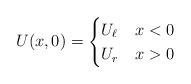
LaTeX: \begin{align*}U(x,0) = \begin{cases}U_\ell& x<0\\U_r & x> 0\end{cases}\end{align*}